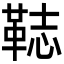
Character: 𩊴